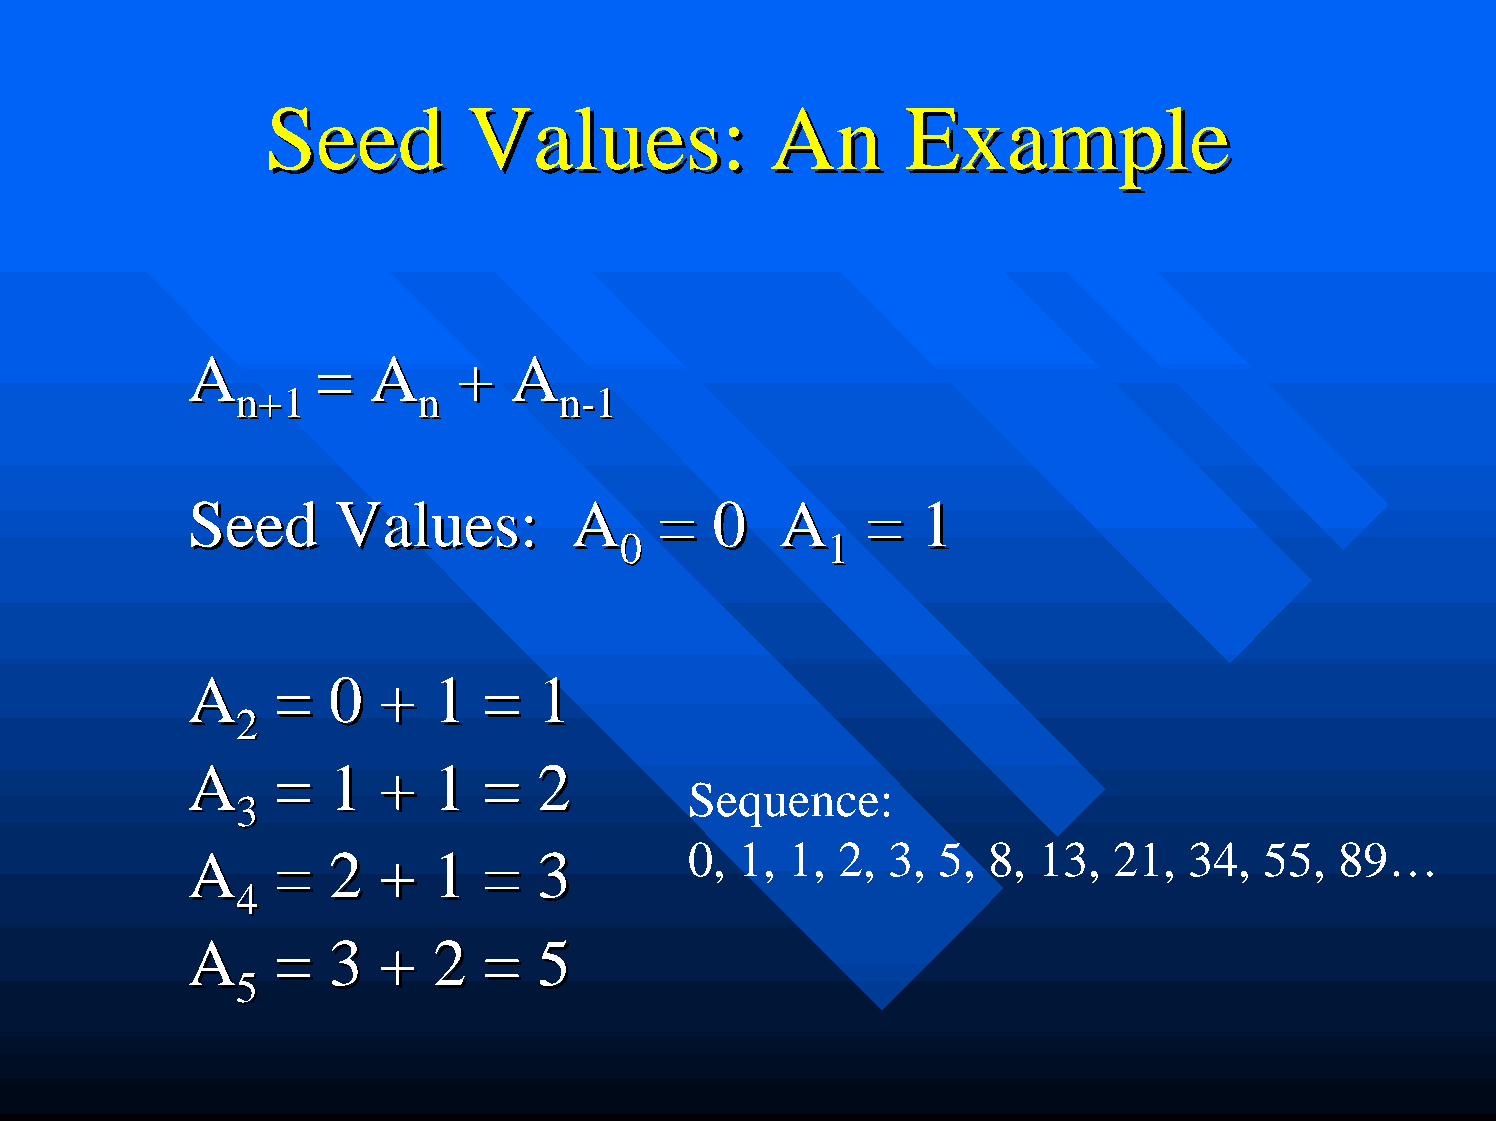
SSeeeedd     VVaalluueess::      AAnn     EExxaammppllee
 AA      ==  AA   ++  AA
 nn++11      nn       nn--11
 SSeeeedd VVaalluueess::  AA    == 00   AA   ==  11
 00            11
 AA   ==  00 ++  11 ==  11
 22
 AA   ==  11 ++  11 ==  22
 Sequence:
 33
 0, 1, 1,  2, 3, 5,  8, 13,  21,  34,  55,  89…
 AA   ==  22 ++  11 ==  33
 44
 AA   ==  33 ++  22 ==  55
 55